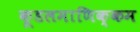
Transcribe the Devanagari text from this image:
कूडलमाणिक्कम